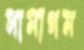
সামাগম